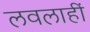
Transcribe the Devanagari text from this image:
लवलाहीं